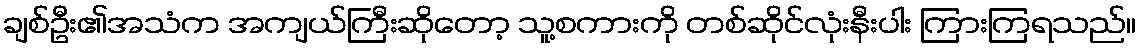
ချစ်ဦး၏အသံက အကျယ်ကြီးဆိုတော့ သူ့စကားကို တစ်ဆိုင်လုံးနီးပါး ကြားကြရသည်။